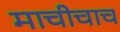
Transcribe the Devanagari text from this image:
माचीचाच